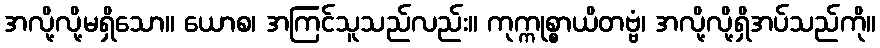
အလို့လို့မရှိသော။ ယောစ၊ အကြင်သူသည်လည်း။ ကုက္ကုစ္စာယိတဗ္ဗံ၊ အလို့လို့ရှိအပ်သည်ကို။